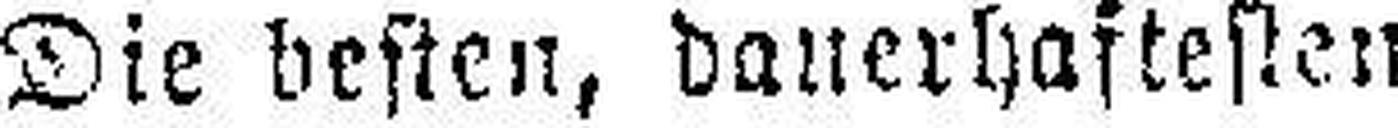
Die besten, dauerhaftesten und leichteßen